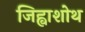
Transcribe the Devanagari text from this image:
जिह्वाशोथ